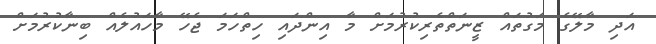
އަދި މާލޭގެ މަގުތައް ޒީނަތްތެރިކުރުމަށް މާ އިންދައި ހިތްހަމަ ޖެހޭ މާހައުލެއް ބިނާކުރުމަށް